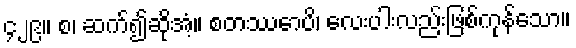
၄၂၉။ စ၊ ဆက်၍ဆိုအံ့။ စတဿောပိ၊ လေးပါးလည်းဖြစ်ကုန်သော။